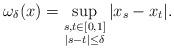
LaTeX: \begin{align*}\omega_\delta(x) = \sup_{\substack{s,t\in[0,1]\\|s-t|\leq\delta}}|x_s-x_t|.\end{align*}